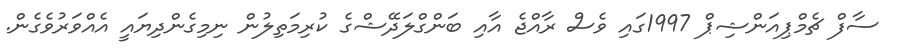
ސާފް ޗެމްޕިއަންޝިޕް 1997ގައި ވެސް ރާއްޖެ އާއި ބަންގްލަދޭޝްގެ ކުރިމަތިލުން ނިމިގެންދިޔައީ އެއްވަރުވެގެން.